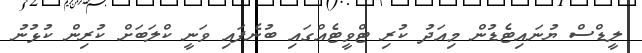
ލީޑްސް ޔުނައިޓެޑުން މިއަދު ކުރި ޓްވީޓެއްގައި ބުނެފައި ވަނީ ކްލަބަށް ކުރިން ކުޅުނު